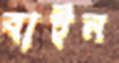
বাইন